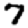
Digit: 7